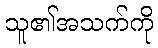
သူ၏အသက်ကို